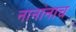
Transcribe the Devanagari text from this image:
नानांनाच